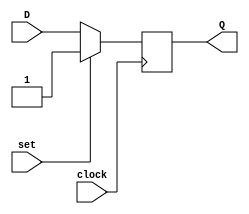
module d_flip_flop (
    input wire D,
    input wire clock,
    input wire set,
    output reg Q
);

always @(posedge clock) begin
    if(set) begin
        Q <= 1;
    end else begin
        Q <= D;
    end
end

endmodule